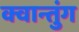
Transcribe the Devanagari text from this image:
क्वान्तुंग